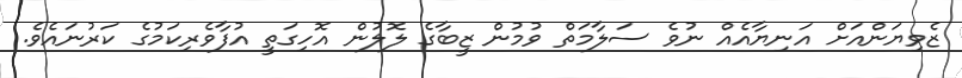
ޒެވިޔަންއަށް އަނިޔާއެއް ނުވެ ސަލާމަތް ވުމުން ޒީބާގެ ލޮލުން އޮހިގަތީ އުފާވެރިކަމުގެ ކަރުނައެވެ.